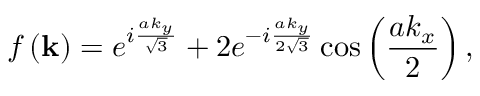
f \left( \mathbf { k } \right) = e ^ { i \frac { a k _ { y } } { \sqrt { 3 } } } + 2 e ^ { - i \frac { a k _ { y } } { 2 \sqrt { 3 } } } \cos \left( \frac { a k _ { x } } { 2 } \right) ,